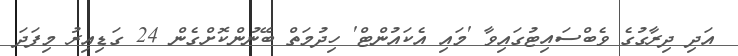
އަދި ދިރާގުގެ ވެބްސައިޓުގައިވާ 'މައި އެކައުންޓް' ހިދުމަތް ބޭނުންކޮށްގެން 24 ގަޑިއިރު މިފަދަ